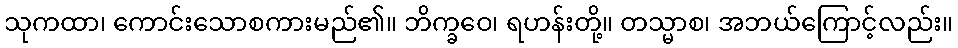
သုကထာ၊ ကောင်းသောစကားမည်၏။ ဘိက္ခဝေ၊ ရဟန်းတို့။ တသ္မာစ၊ အဘယ်ကြောင့်လည်း။